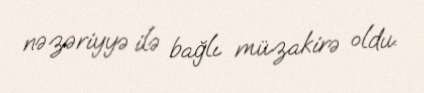
nəzəriyyə ilə bağlı müzakirə oldu.